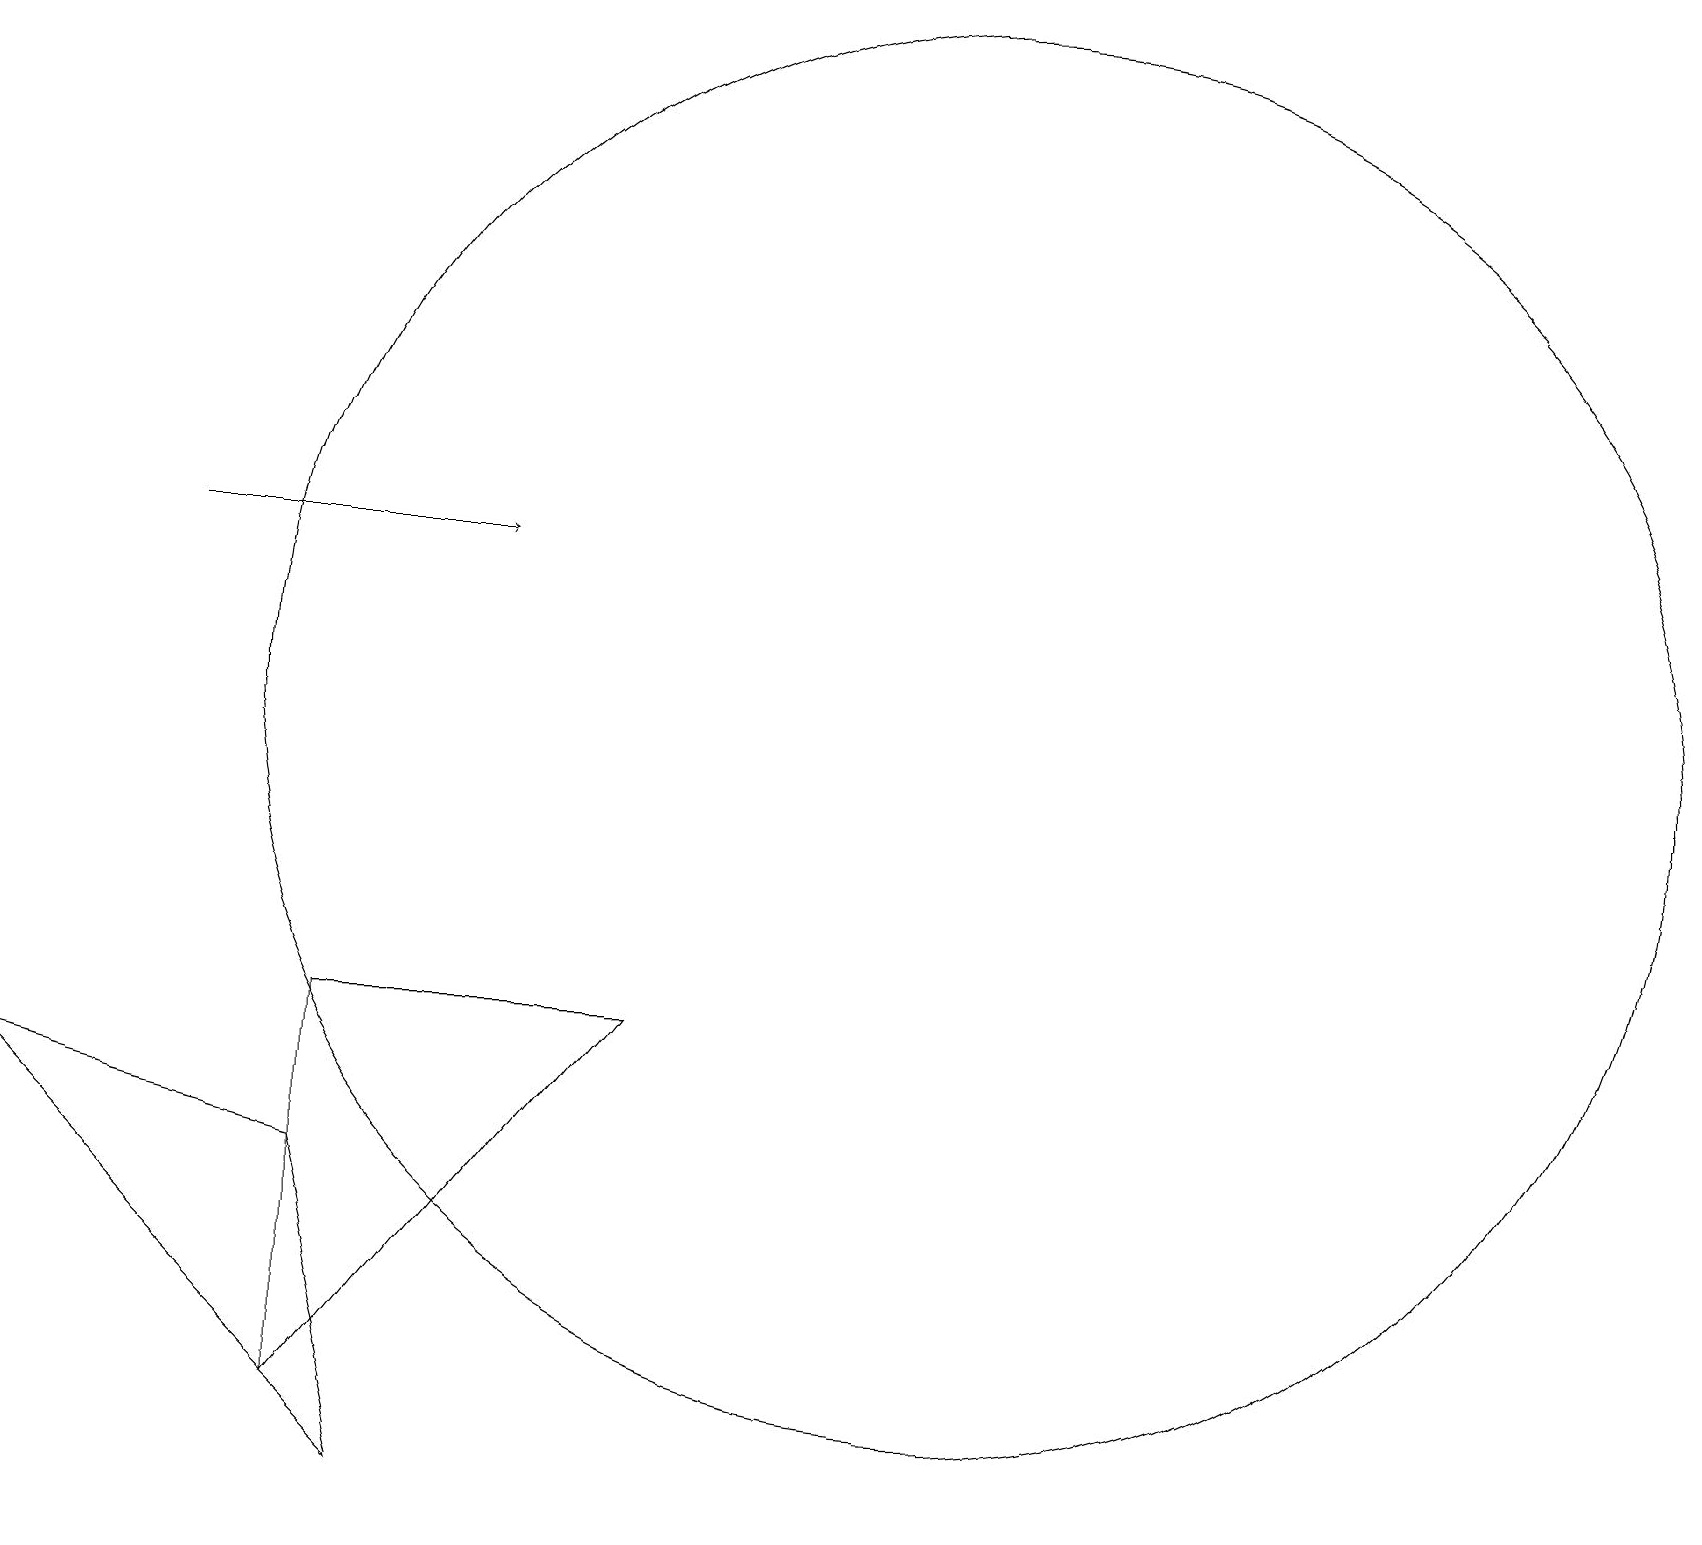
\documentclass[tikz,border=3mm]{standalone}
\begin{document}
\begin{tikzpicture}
\draw (4,2) -- (8,7) -- (4,7) -- cycle;
\draw (12,11) circle (9);
\draw[->] (2,13) -- (6,13);
\draw (4,5) -- (5,1) -- (0,6) -- cycle;
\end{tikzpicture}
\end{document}